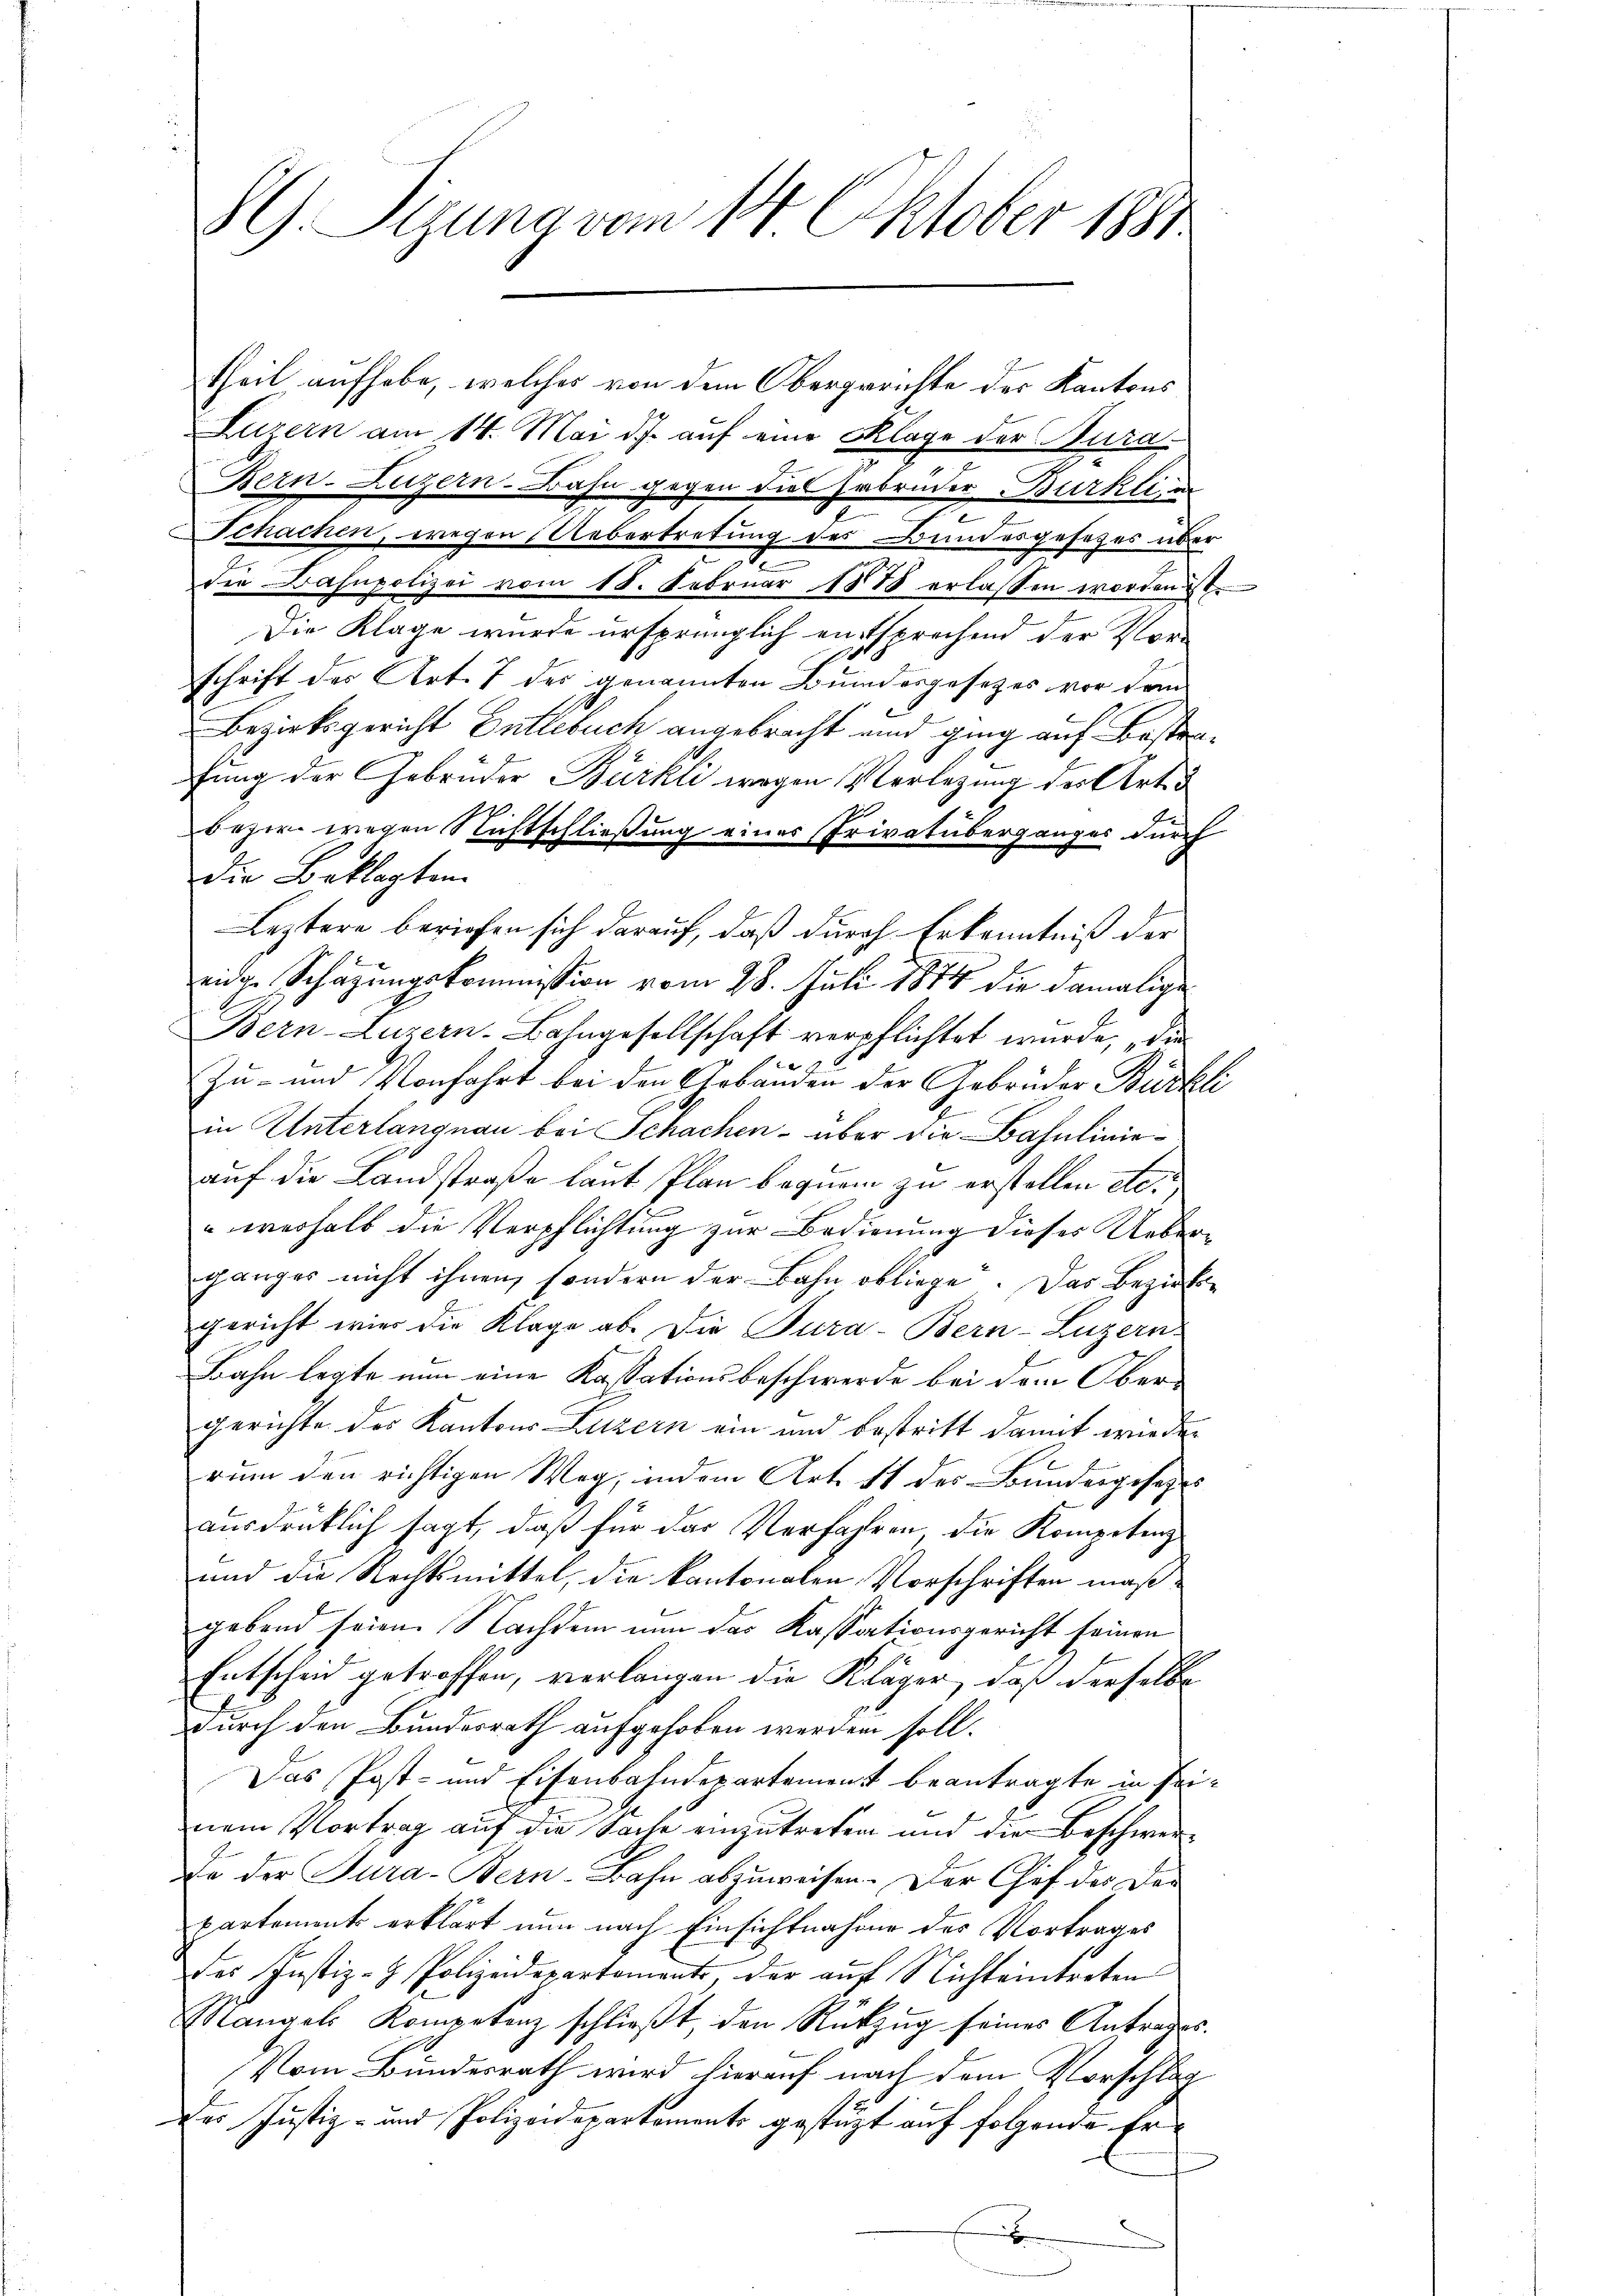
S G. Sizung vom 14. Oktober 1881.

theil aufhabe, welches von dem Obergerichte des Kantons
Luzern am 14. Mai d.J. auf eine Klage der Kura¬
Bern-Luzern-Bahn gegen die Erbrüder Bürkli in
n
Schachen, wegen Uebertretung des Bundesgesezes über
die Bahnpolizei vom 18. Februar 1878 erlassen worden ist.
Die Klage wurde ursprünglich entsprechend der Vorschrift der Art. 7 der genannten Bundesgesetzes vor dem
Bezirksgericht Entlebuch angebracht und ging auf Bestenfung der Gebrüder Bürkli wegen Verlegung der Arti¬
Bezir wegen Nichtschließung eines Privatüberganges durch
Die Beklagten
Leztere beriefen sich darauf, daß durch Erkenntniß der
eidge Schazungskommission vom 28. Juli 1874 die damalige
Bern-Luzern. Bahngesellschaft verpflichtet wurde, die
 x
Zu- und Vorfahrt bei den Gebäuden der Gebrüder Bürkli
in Unterlangnau bei Schachen über die Bahnlinieauf die Landstraße laut Plan begnam zu erstellen etc.
weshalb die Verpflichtung zur Bedienung dieses Ueberganges nicht ihnen, sondern der Bahn obliege. Das Bezirksgericht wie die Klage ab. Die Pura-Bern-Luzern
Bahn legte nun eine Kassationsbeschwerde bei dem Obergerichte des Kantons Luzern ein und bestritt damit wieder
rum den richtigen Weg, indem Art. 11 des Bundesgesetzes
ausdrüklich sagt, daß für das Verfahren, die Kompetenz
und die Rechtsmittel, die kantonalen Vorschriften maßgebend seien. Nachdem nun das Kassationsgericht seinen
Entscheid getroffen, verlangen die Kläger, daß derselbe
durch den Bundesrath aufgehoben werden soll.
Das Post- und Eisenbahndepartement beantragte in seinem Vortrag auf die Sache einzutreten und die Beschwer¬
De der Tura-Bern-Bahn abzuweisen. Der Chef des Den
partements erklärt nun nach Einsichtnahme des Vortrages
des Justiz- & Polizeidepartements der auf Nichteintreten
Mangels Kompetenz schlieβt, den Rückzŭg seines Antrages.
Vom Bundesrath wird hierauf nach dem Vorschlag
Der Justiz- und Polizeidepartements gestützt auf folgende Erx